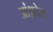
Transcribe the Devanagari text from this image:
आंध्रदेस